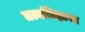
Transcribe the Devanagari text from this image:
तत्वजिज्ञासा